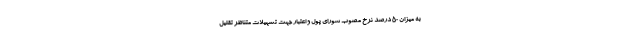
به میزان 50 درصد نرخ مصوب شورای پول و اعتبار جهت تسهیلات متناظر تقلیل